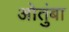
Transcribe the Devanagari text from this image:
ओतुंबा